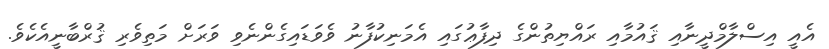
އެއީ އިސްލާމްދީނާއި ޤައުމާއި ރައްޔިތުންގެ ދިފާޢުގައި އެމަނިކުފާނު ވެވަޑައިގެންނެވި ވަރަށް މަތިވެރި ޤުރްބާނީއެކެވެ.